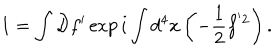
1 = \int { \cal D } f ^ { \prime } \exp i \int d ^ { 4 } x \left( - \frac { 1 } { 2 } f ^ { ' 2 } \right) .